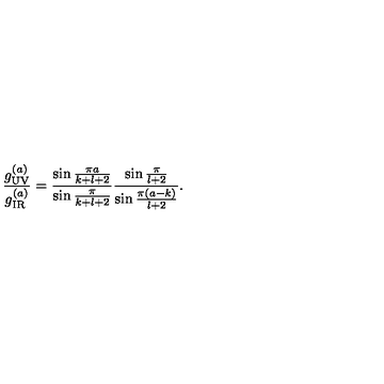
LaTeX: { \frac { g _ { \tiny \mathrm { U V } } ^ { ( a ) } } { g _ { \tiny \mathrm { I R } } ^ { ( a ) } } } = { \frac { \sin { \frac { \pi a } { k + l + 2 } } } { \sin { \frac { \pi } { k + l + 2 } } } } { \frac { \sin { \frac { \pi } { l + 2 } } } { \sin { \frac { \pi ( a - k ) } { l + 2 } } } } .